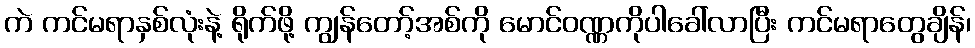
ကဲ ကင်မရာနှစ်လုံးနဲ့ ရိုက်ဖို့ ကျွန်တော့်အစ်ကို မောင်ဝဏ္ဏကိုပါခေါ်လာပြီး ကင်မရာတွေချိန်၊